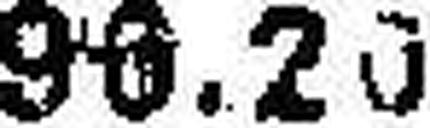
96.20